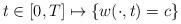
LaTeX: \begin{align*} t\in [0,T] \mapsto \{w(\cdot,t)=c\}\end{align*}